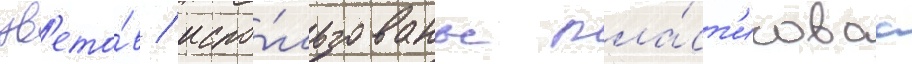
цв'ето́в / испо́льзованы пла́ст'иковаа